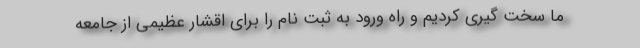
ما سخت گیری کردیم و راه ورود به ثبت نام را برای اقشار عظیمی از جامعه